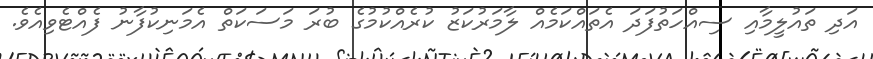
އަދި ތައުލީމާއި ސިއްހަތުފަދަ އެތައްކަމެއް ލާމަރުކަޒު ކުރެއްކުމުގެ ބުރަ މަސަކަތް އެމަނިކުފާނު ފެއްޓެވިއެވެ.